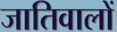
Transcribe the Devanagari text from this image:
जातिवालों